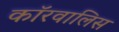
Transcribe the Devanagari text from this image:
कॉरवालिस